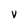
Character: v